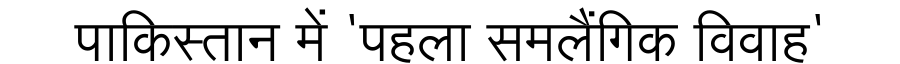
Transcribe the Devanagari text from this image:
पाकिस्तान में 'पहला समलैंगिक विवाह'